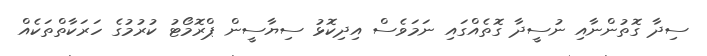
ސިދާ ގޮތުންނާއި ނުސީދާ ގޮތެއްގައި ނަމަވެސް އިދިކޮޅު ސިޔާސީން ޕްރޮމޯޓު ކުރުމުގެ ހަރަކާތްތަކެއް